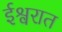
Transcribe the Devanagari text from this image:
ईश्वरात